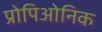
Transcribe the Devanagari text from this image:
प्रोपिओनिक